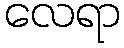
လေရာ